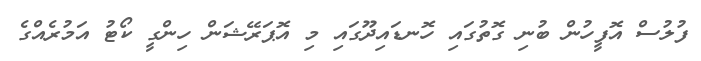
ފުލުސް އޮފީހުން ބުނި ގޮތުގައި ހޮނޑައިދޫގައި މި އޮޕަރޭޝަން ހިންގީ ކޯޓު އަމުރެއްގެ